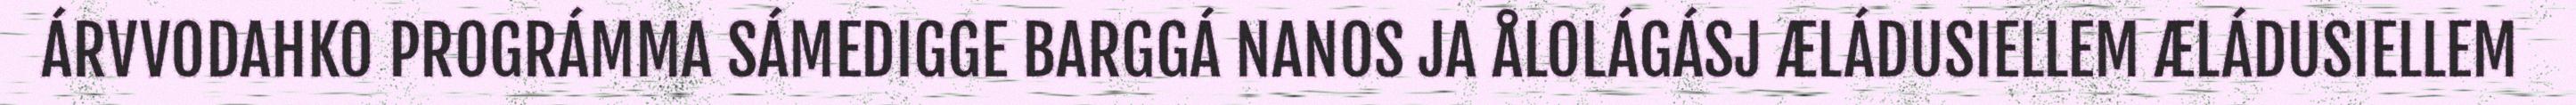
ÁRVVODAHKO PROGRÁMMA SÁMEDIGGE BARGGÁ NANOS JA ÅLOLÁGÁSJ ÆLÁDUSIELLEM ÆLÁDUSIELLEM